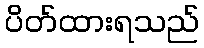
ပိတ်ထားရသည်